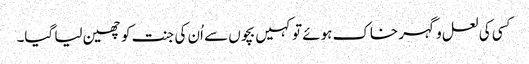
کسی کی لعل و گہر خاک ہوئے تو کہیں بچوں سے اُن کی جنت کو چھین لیا گیا۔